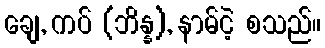
ချေ, ကပ် (ဘိန္န), နာမ်ငဲ့ စသည်။